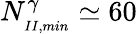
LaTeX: N_{_{II,min}}^{\gamma}\simeq 60